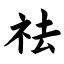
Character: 祛